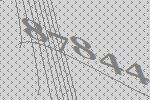
87844